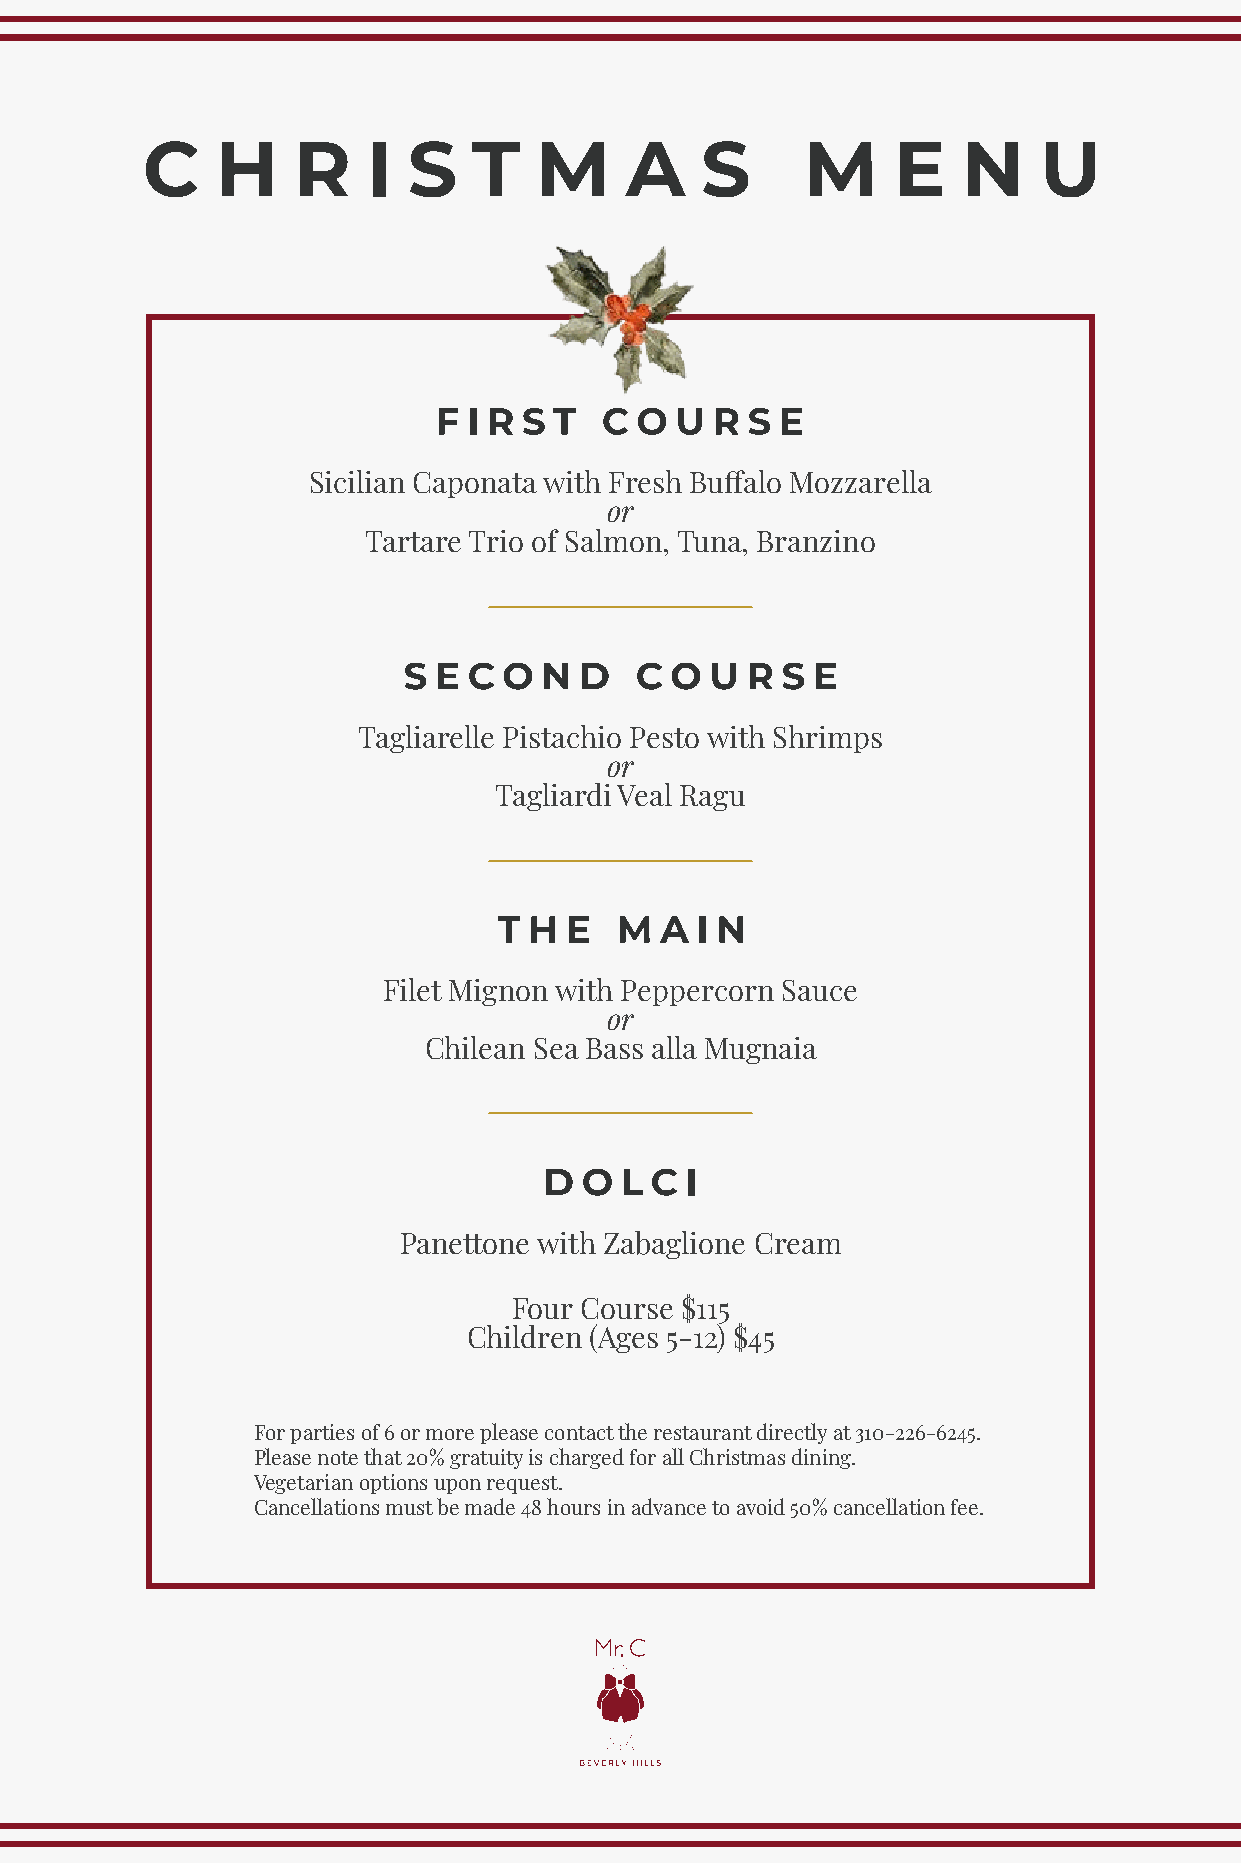
Sicilian Caponata with Fresh Buffalo Mozzarella
 or
 Tartare Trio of Salmon, Tuna, Branzino
 Tagliarelle Pistachio Pesto with Shrimps
 or
 Tagliardi Veal Ragu
 Filet Mignon with Peppercorn Sauce
 or
 Chilean Sea Bass alla Mugnaia
 Panettone with Zabaglione Cream
 Four Course $115
 Children (Ages 5-12) $45
 For parties of 6 or more please contact the restaurant directly at 310-226-6245.
 Please note that 20% gratuity is charged for all Christmas dining.
 Vegetarian options upon request.
 Cancellations must be made 48 hours in advance to avoid 50% cancellation fee.